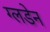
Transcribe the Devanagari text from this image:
ग्लडेन